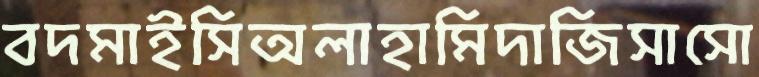
বদমাইসিঅলাহামিদাজিসাসো